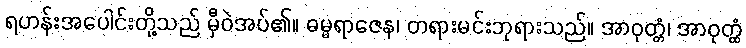
ရဟန်းအပေါင်းတို့သည် မှီဝဲအပ်၏။ ဓမ္မရာဇေန၊ တရားမင်းဘုရားသည်။ အာဝုတ္တံ၊ အာဝုတ္ထံ